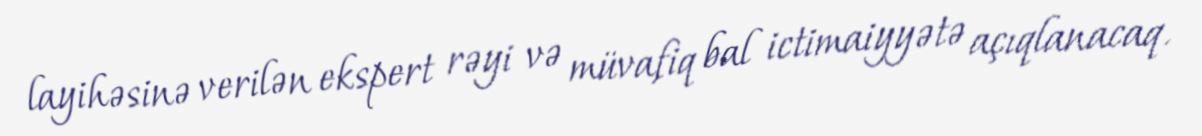
layihəsinə verilən ekspert rəyi və müvafiq bal ictimaiyyətə açıqlanacaq.